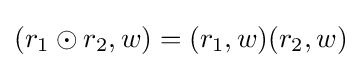
(r_{1}\odot r_{2},w)=(r_{1},w)(r_{2},w)